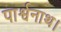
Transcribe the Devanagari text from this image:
पार्श्वनाथ।